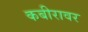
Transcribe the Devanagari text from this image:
कबीरावर